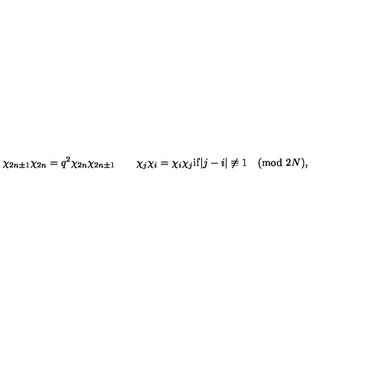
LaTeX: \chi _ { 2 n \pm 1 } \chi _ { 2 n } = q ^ { 2 } \chi _ { 2 n } \chi _ { 2 n \pm 1 } \qquad \chi _ { j } \chi _ { i } = \chi _ { i } \chi _ { j } \mathrm { i f } | j - i | \not \equiv 1 \pmod { 2 N } ,